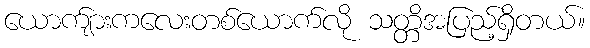
ယောက်ျားကလေးတစ်ယောက်လို သတ္တိအပြည့်ရှိတယ်။